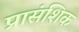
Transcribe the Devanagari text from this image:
प्रासंशिक